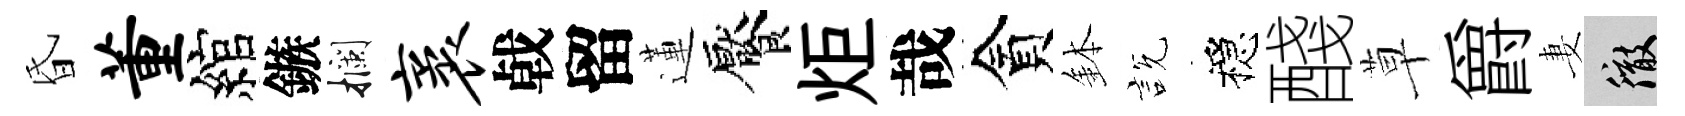
昏董綰鏃攔袤㦸留蓮饜炬哉貪鉢説穩醆草爵妻徹